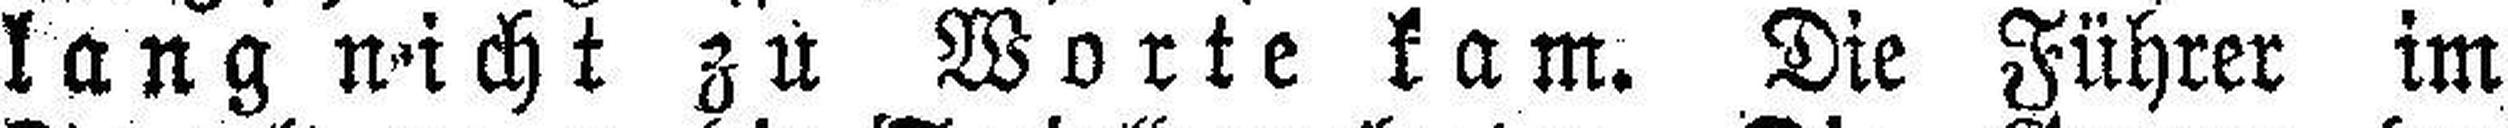
lang nicht zu Worte kam. Die Führer im